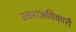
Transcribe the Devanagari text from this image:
उत्तराअधिकारी